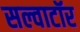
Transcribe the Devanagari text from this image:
सल्वाटॉर